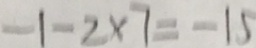
- 1 - 2 \times 7 = - 1 5